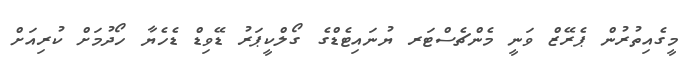
މީގެއިތުރުން ޕެރޭޒް ވަނީ މެންޗެސްޓަރ ޔުނައިޓެޑްގެ ގޯލްކީޕަރު ޑޭވިޑް ޑެހެޔާ ހޯދުމަށް ކުރިއަށް